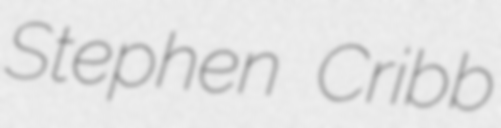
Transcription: Stephen Cribb